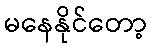
မနေနိုင်တော့